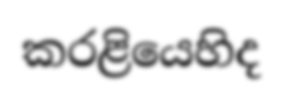
කරළියෙහිද